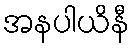
အနပါယိနီ